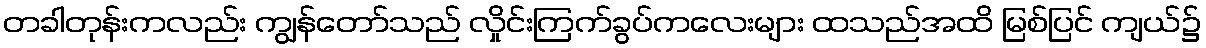
တခါတုန်းကလည်း ကျွန်တော်သည် လှိုင်းကြက်ခွပ်ကလေးများ ထသည်အထိ မြစ်ပြင် ကျယ်၌